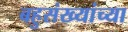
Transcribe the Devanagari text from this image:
बहुसंख्यांच्या